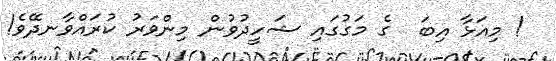
! މިއަޅާ އިބަ  ގެ މަގުގައި ޝަހީދުވުން މިންވަރު ކުރައްވާނދޭވެ!